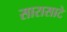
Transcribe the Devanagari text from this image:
सारासाटे